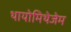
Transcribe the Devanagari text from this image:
थायोमिथेजेम